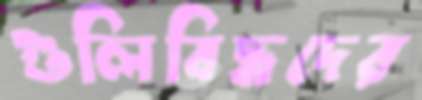
গুলিবিদ্ধদের